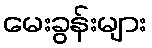
မေးခွန်းများ